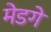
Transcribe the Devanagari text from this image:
मेडगे